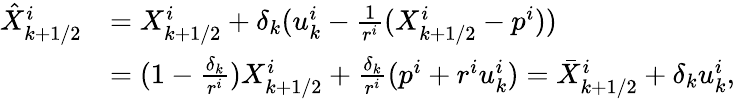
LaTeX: \begin{array}{rl}{\hat{X}_{k+1/2}^{i}}&{=X_{k+1/2}^{i}+\delta_{k}(u_{k}^{i}-\frac{1}{r^{i}}(X_{k+1/2}^{i}-p^{i}))}\\ &{=(1-\frac{\delta_{k}}{r^{i}})X_{k+1/2}^{i}+\frac{\delta_{k}}{r^{i}}(p^{i}+r^{i}u_{k}^{i})=\bar{X}_{k+1/2}^{i}+\delta_{k}u_{k}^{i},}\end{array}